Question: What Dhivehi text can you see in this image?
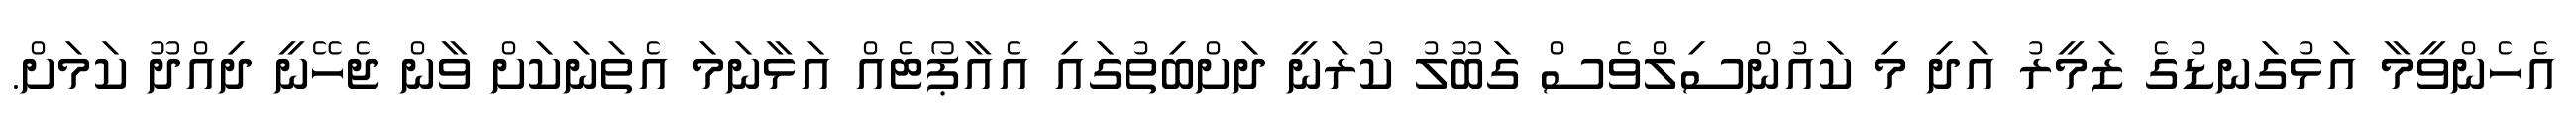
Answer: އެހެންވީމާ އަޅުގަނޑުގެ ޒަމީރު އަދި މި ކައުންސިލްވެސް ގަބޫލު ކުރަނީ ދަށްބިތުގައި އެއާޕޯޓެއް އަޅާނަމަ އެތަނަކަށް ވާން ޖެހޭނީ ދިއްދޫ ކަމަށް.